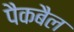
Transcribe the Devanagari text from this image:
पैकबैल